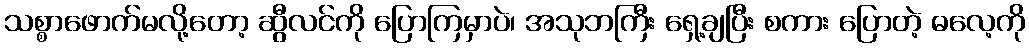
သစ္စာဖောက်မလို့တော့ ဆွီလင်ကို ပြောကြမှာပဲ၊ အသုဘကြီး ရှေ့ချပြီး စကား ပြောတဲ့ ဓလေ့ကို